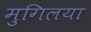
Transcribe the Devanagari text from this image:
मुगिलया